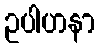
ဥပါဟနာ